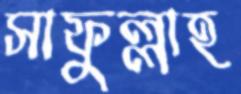
সাফুল্লাহ